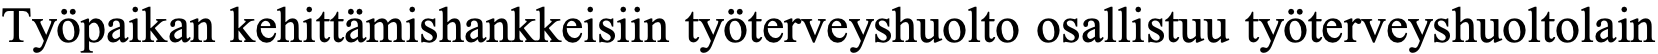
Työpaikan kehittämishankkeisiin työterveyshuolto osallistuu työterveyshuoltolain